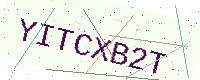
Text: YITCXB2T